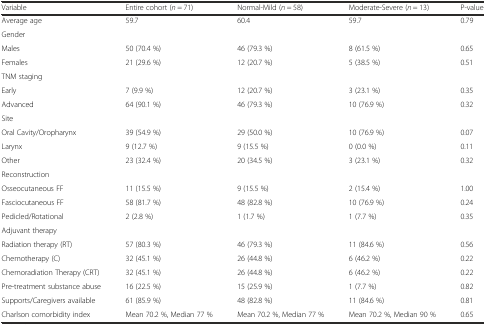
<table><thead><tr><td><b>Variable</b></td><td><b>Entire cohort (<i>n</i> = 71)</b></td><td><b>Normal-Mild (<i>n</i> = 58)</b></td><td><b>Moderate-Severe (<i>n</i> = 13)</b></td><td><b>P-value</b></td></tr></thead><tbody><tr><td>Average age</td><td>59.7</td><td>60.4</td><td>59.7</td><td>0.79</td></tr><tr><td colspan="5">Gender</td></tr><tr><td>Males</td><td>50 (70.4 %)</td><td>46 (79.3 %)</td><td>8 (61.5 %)</td><td>0.65</td></tr><tr><td>Females</td><td>21 (29.6 %)</td><td>12 (20.7 %)</td><td>5 (38.5 %)</td><td>0.51</td></tr><tr><td colspan="5">TNM staging</td></tr><tr><td>Early</td><td>7 (9.9 %)</td><td>12 (20.7 %)</td><td>3 (23.1 %)</td><td>0.35</td></tr><tr><td>Advanced</td><td>64 (90.1 %)</td><td>46 (79.3 %)</td><td>10 (76.9 %)</td><td>0.32</td></tr><tr><td colspan="5">Site</td></tr><tr><td>Oral Cavity/Oropharynx</td><td>39 (54.9 %)</td><td>29 (50.0 %)</td><td>10 (76.9 %)</td><td>0.07</td></tr><tr><td>Larynx</td><td>9 (12.7 %)</td><td>9 (15.5 %)</td><td>0 (0.0 %)</td><td>0.11</td></tr><tr><td>Other</td><td>23 (32.4 %)</td><td>20 (34.5 %)</td><td>3 (23.1 %)</td><td>0.32</td></tr><tr><td colspan="5">Reconstruction</td></tr><tr><td>Osseocutaneous FF</td><td>11 (15.5 %)</td><td>9 (15.5 %)</td><td>2 (15.4 %)</td><td>1.00</td></tr><tr><td>Fasciocutaneous FF</td><td>58 (81.7 %)</td><td>48 (82.8 %)</td><td>10 (76.9 %)</td><td>0.24</td></tr><tr><td>Pedicled/Rotational</td><td>2 (2.8 %)</td><td>1 (1.7 %)</td><td>1 (7.7 %)</td><td>0.35</td></tr><tr><td colspan="5">Adjuvant therapy</td></tr><tr><td>Radiation therapy (RT)</td><td>57 (80.3 %)</td><td>46 (79.3 %)</td><td>11 (84.6 %)</td><td>0.56</td></tr><tr><td>Chemotherapy (C)</td><td>32 (45.1 %)</td><td>26 (44.8 %)</td><td>6 (46.2 %)</td><td>0.22</td></tr><tr><td>Chemoradiation Therapy (CRT)</td><td>32 (45.1 %)</td><td>26 (44.8 %)</td><td>6 (46.2 %)</td><td>0.22</td></tr><tr><td>Pre-treatment substance abuse</td><td>16 (22.5 %)</td><td>15 (25.9 %)</td><td>1 (7.7 %)</td><td>0.82</td></tr><tr><td>Supports/Caregivers available</td><td>61 (85.9 %)</td><td>48 (82.8 %)</td><td>11 (84.6 %)</td><td>0.81</td></tr><tr><td>Charlson comorbidity index</td><td>Mean 70.2 %, Median 77 %</td><td>Mean 70.2 %, Median 77 %</td><td>Mean 70.2 %, Median 90 %</td><td>0.65</td></tr></tbody></table>